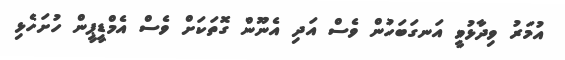
އުމަރު ވިދާޅުވީ އަނގަބަހުން ވެސް އަދި އެނޫން ގޮތަކަށް ވެސް އެމްޑީޕީން ހުށަހެޅި